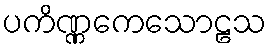
ပကိဏ္ဏကေသောဠသ